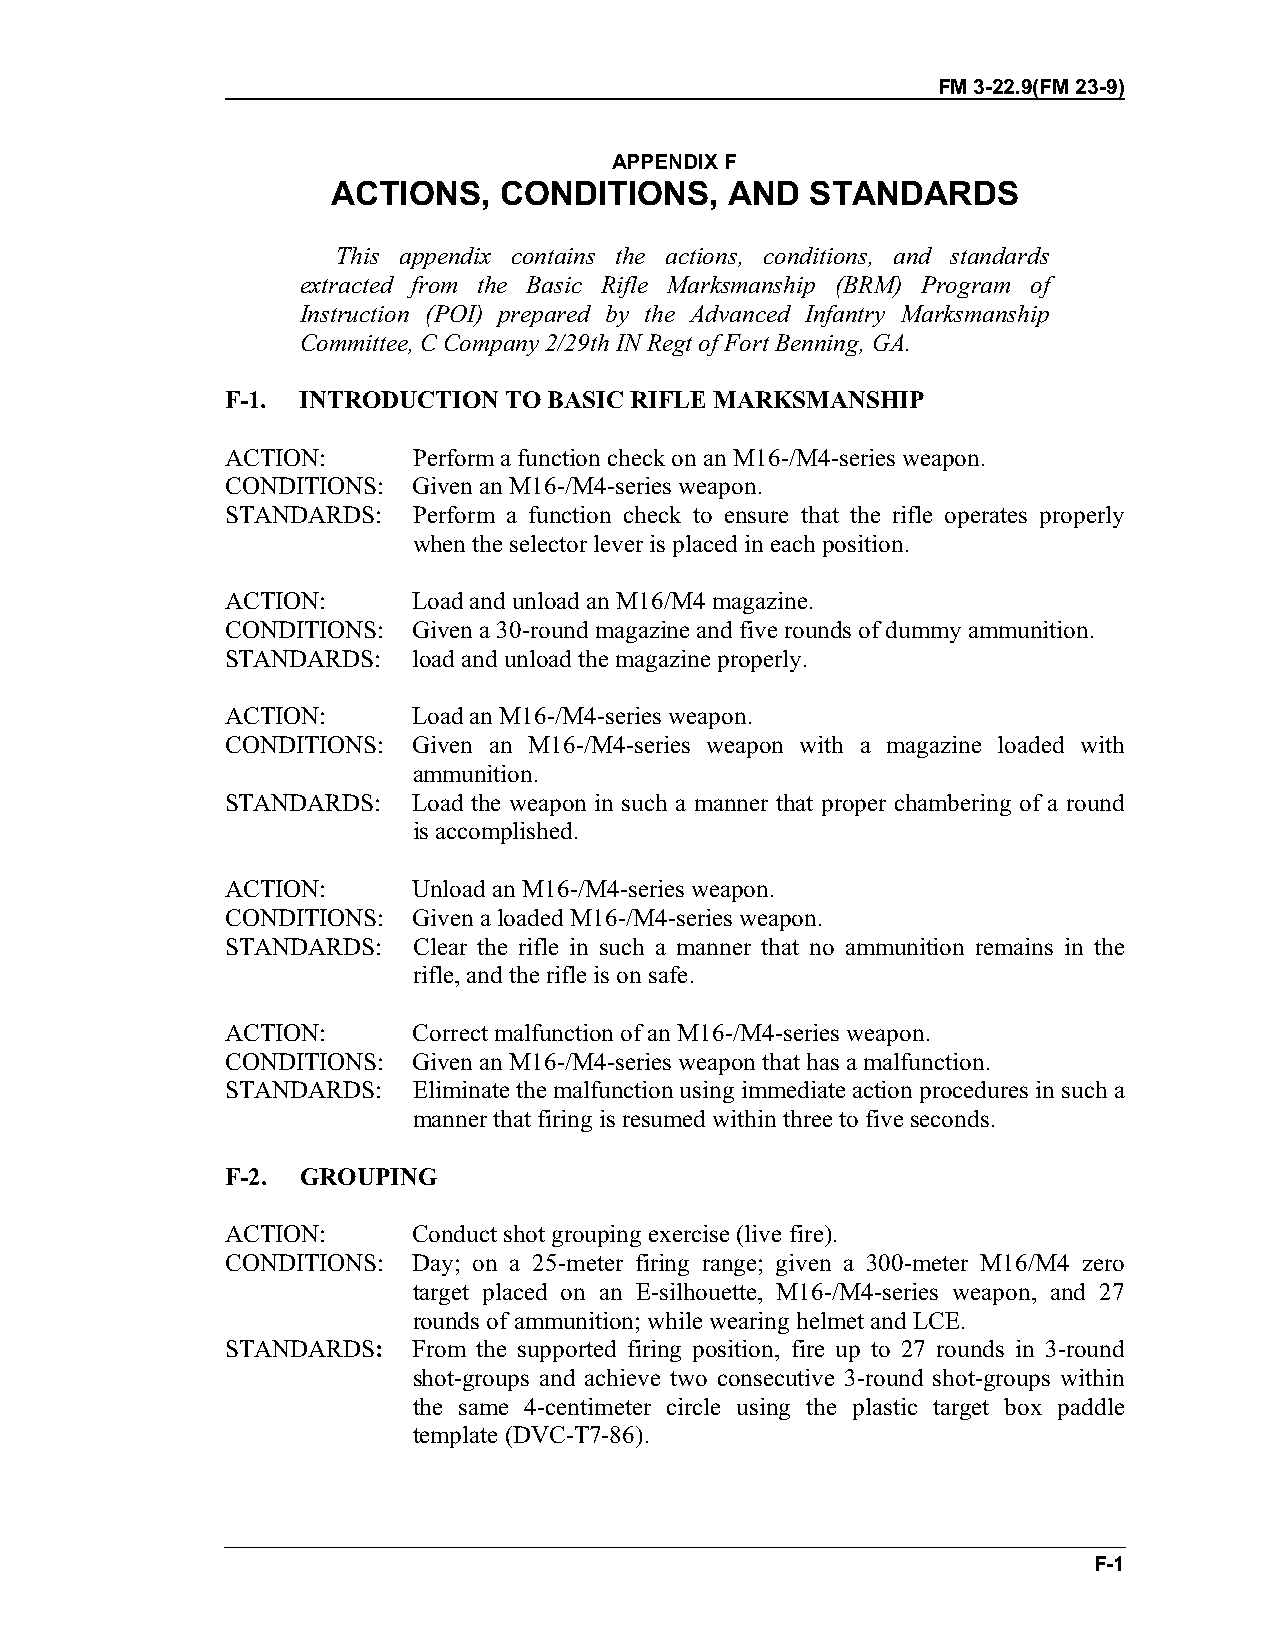
FM 3-22.9(FM 23-9)
 APPENDIX F
 ACTIONS,   CONDITIONS,    AND   STANDARDS
 This appendix contains the actions, conditions, and standards
 extracted from the Basic Rifle Marksmanship (BRM) Program of
 Instruction (POI) prepared by the Advanced Infantry Marksmanship
 Committee, C Company 2/29th IN Regt of Fort Benning, GA.
 F-1. INTRODUCTION TO BASIC RIFLE MARKSMANSHIP
 ACTION:     Perform a function check on an M16-/M4-series weapon.
 CONDITIONS: Given an M16-/M4-series weapon.
 STANDARDS:  Perform a function check to ensure that the rifle operates properly
 when the selector lever is placed in each position.
 ACTION:     Load and unload an M16/M4 magazine.
 CONDITIONS: Given a 30-round magazine and five rounds of dummy ammunition.
 STANDARDS:  load and unload the magazine properly.
 ACTION:     Load an M16-/M4-series weapon.
 CONDITIONS: Given an M16-/M4-series weapon with a magazine loaded with
 ammunition.
 STANDARDS:  Load the weapon in such a manner that proper chambering of a round
 is accomplished.
 ACTION:     Unload an M16-/M4-series weapon.
 CONDITIONS: Given a loaded M16-/M4-series weapon.
 STANDARDS:  Clear the rifle in such a manner that no ammunition remains in the
 rifle, and the rifle is on safe.
 ACTION:     Correct malfunction of an M16-/M4-series weapon.
 CONDITIONS: Given an M16-/M4-series weapon that has a malfunction.
 STANDARDS:  Eliminate the malfunction using immediate action procedures in such a
 manner that firing is resumed within three to five seconds.
 F-2. GROUPING
 ACTION:     Conduct shot grouping exercise (live fire).
 CONDITIONS: Day; on a 25-meter firing range; given a 300-meter M16/M4 zero
 target placed on an E-silhouette, M16-/M4-series weapon, and 27
 rounds of ammunition; while wearing helmet and LCE.
 STANDARDS:  From the supported firing position, fire up to 27 rounds in 3-round
 shot-groups and achieve two consecutive 3-round shot-groups within
 the same 4-centimeter circle using the plastic target box paddle
 template (DVC-T7-86).
 F-1